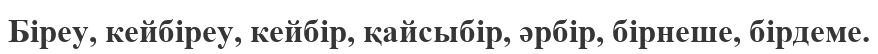
Біреу, кейбіреу, кейбір, қайсыбір, әрбір, бірнеше, бірдеме.